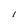
Character: l